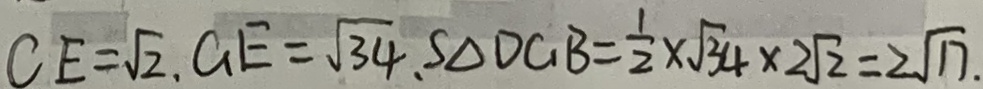
C E = \sqrt { 2 } 、 G E = \sqrt { 3 4 } 、 S _ { \Delta D C _ { 1 } B } = \frac { 1 } { 2 } \times \sqrt { 3 4 } \times 2 \sqrt { 2 } = 2 \sqrt { 1 7 } .